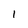
Character: I